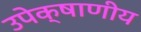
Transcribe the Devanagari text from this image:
उपेक्षाणीय